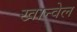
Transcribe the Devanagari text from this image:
खान्वेल